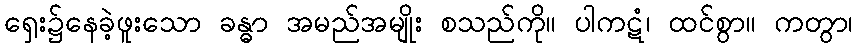
ရှေး၌နေခဲ့ဖူးသော ခန္ဓာ အမည်အမျိုး စသည်ကို။ ပါကဋံ၊ ထင်စွာ။ ကတွာ၊